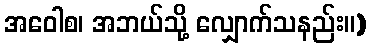
အဝေါစ၊ အဘယ်သို့ လျှောက်သနည်း။)